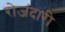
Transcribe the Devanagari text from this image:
रोजंदारी